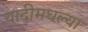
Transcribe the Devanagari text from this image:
यादीमधल्या